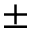
\pm